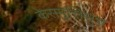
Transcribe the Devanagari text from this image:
केसमुत्तिसुत्त